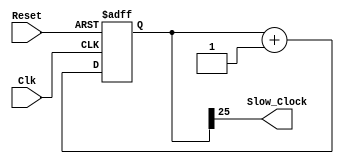
`timescale 1ns / 1ps
//////////////////////////////////////////////////////////////////////////////////
// Company: 
// Engineer: 
// 
// Design Name: 
// Module Name: Clock_Divider
// Project Name: 
// Target Devices: 
// Tool Versions: 
// Description: 
// 
// Dependencies: 
// 
// Revision:
// Revision 0.01 - File Created
// Additional Comments:
// 
//////////////////////////////////////////////////////////////////////////////////


module Clock_Divider(
    input Clk, Reset,
    output Slow_Clock
    );
    reg [25:0] Counter = 26'b0; //26 bit counter = 1 Hz clock speed
    
    //// write a Verilog code to slow down the clock from 100 MHz to 1 Hz
    
    //Clock Divider
    always @(posedge Clk, posedge Reset)
        if(Reset)
            Counter <= 26'b0;
            else
            Counter <= Counter + 1'b1;
    
    assign Slow_Clock = Counter[25];
    
    
endmodule